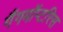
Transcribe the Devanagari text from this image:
गैंगमॉप्टरिस